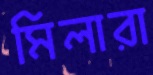
মিলারা